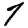
Digit: 7